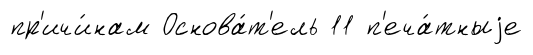
пр'ичи́нам Основа́т'ель 11 п'еча́тныjе